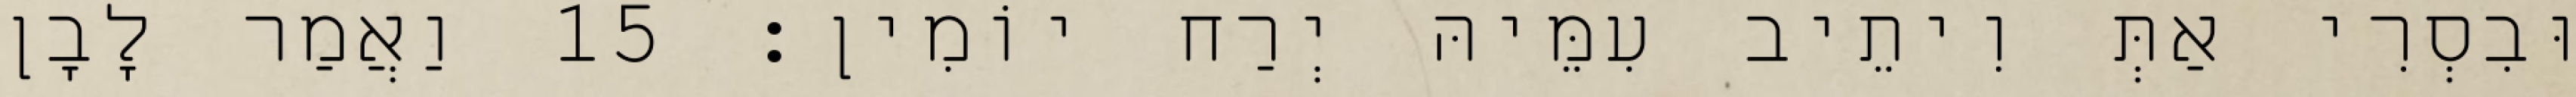
וּבִסְרִי אַתְּ וִיתֵיב עִמֵּיהּ יְרַח יוֹמִין׃ 15 וַאֲמַר לָבָן